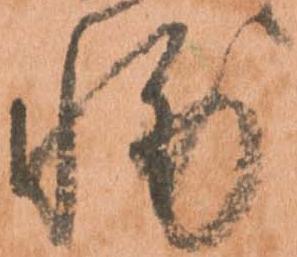
輔